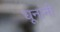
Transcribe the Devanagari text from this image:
धूनांनी